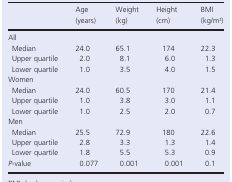
<table><thead><tr><td></td><td><b>Age (years)</b></td><td><b>Weight (kg)</b></td><td><b>Height (cm)</b></td><td><b>BMI (kg/m2)</b></td></tr></thead><tbody><tr><td colspan="5">All</td></tr><tr><td>Median</td><td>24.0</td><td>65.1</td><td>174</td><td>22.3</td></tr><tr><td>Upper quartile</td><td>2.0</td><td>8.1</td><td>6.0</td><td>1.3</td></tr><tr><td>Lower quartile</td><td>1.0</td><td>3.5</td><td>4.0</td><td>1.5</td></tr><tr><td colspan="5">Women</td></tr><tr><td>Median</td><td>24.0</td><td>60.5</td><td>170</td><td>21.4</td></tr><tr><td>Upper quartile</td><td>1.0</td><td>3.8</td><td>3.0</td><td>1.1</td></tr><tr><td>Lower quartile</td><td>1.0</td><td>2.5</td><td>2.0</td><td>0.7</td></tr><tr><td colspan="5">Men</td></tr><tr><td>Median</td><td>25.5</td><td>72.9</td><td>180</td><td>22.6</td></tr><tr><td>Upper quartile</td><td>2.8</td><td>3.3</td><td>1.3</td><td>1.4</td></tr><tr><td>Lower quartile</td><td>1.8</td><td>5.5</td><td>5.3</td><td>0.9</td></tr><tr><td><i>P</i>‐value</td><td>0.077</td><td>0.001</td><td>0.001</td><td>0.1</td></tr></tbody></table>